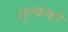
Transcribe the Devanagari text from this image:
शुल्कको